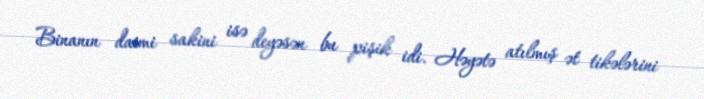
Binanın daimi sakini isə deyəsən bu pişik idi. Həyətə atılmış ət tikələrini